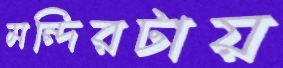
মন্দিরটায়